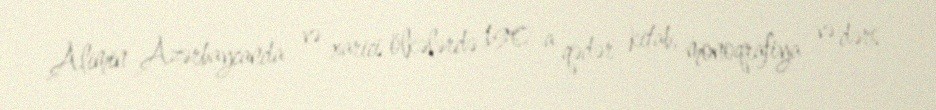
Alimin Azərbaycanda və xarici ölkələrdə 190-a qədər kitab, monoqrafiya və dərs